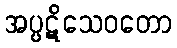
အပ္ပဋိသေဝတော